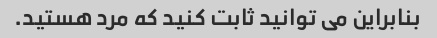
بنابراین می توانید ثابت کنید که مرد هستید.